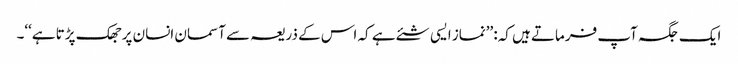
ایک جگہ آپ فرماتے ہیں کہ: ’’نماز ایسی شئے ہے کہ اس کے ذریعہ سے آسمان انسان پر جھک پڑتا ہے‘‘۔